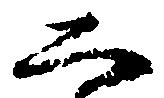
二